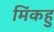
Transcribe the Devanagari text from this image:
मिंकहु